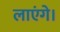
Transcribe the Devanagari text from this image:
लाएंगे।